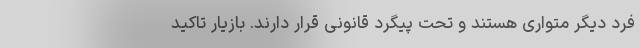
فرد دیگر متواری هستند و تحت پیگرد قانونی قرار دارند. بازیار تاکید